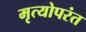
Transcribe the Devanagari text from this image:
मृत्योपरंत